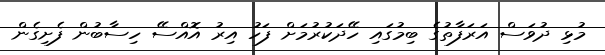
މުޅި ދުވަސް އަރަފާތުގެ ބިމުގައި ހޭދަކުރުމަށް ފަހު އިރު އޮއްސޭ ހިސާބުން ފެށިގެން